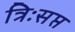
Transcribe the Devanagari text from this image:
त्रिःसप्त